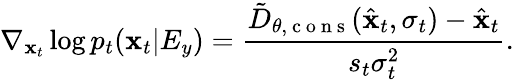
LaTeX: \nabla_{\mathbf{x}_{t}}\log{p_{t}(\mathbf{x}_{t}|E_{y})}=\frac{{\tilde{{D}}_{\theta,\mathrm{{~c~o~n~s~}}}(\hat{{\mathbf{x}}}_{t},\sigma_{t})-\hat{{\mathbf{x}}}_{t}}}{{s_{t}\sigma_{t}^{2}}}.